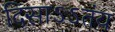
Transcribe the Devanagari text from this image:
दिसाऽऽतंय